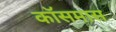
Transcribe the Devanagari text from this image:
कॉसमास